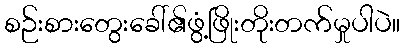
စဉ်းစားတွေးခေါ်၏ဖွံ့ဖြိုးတိုးတက်မှုပါပဲ။